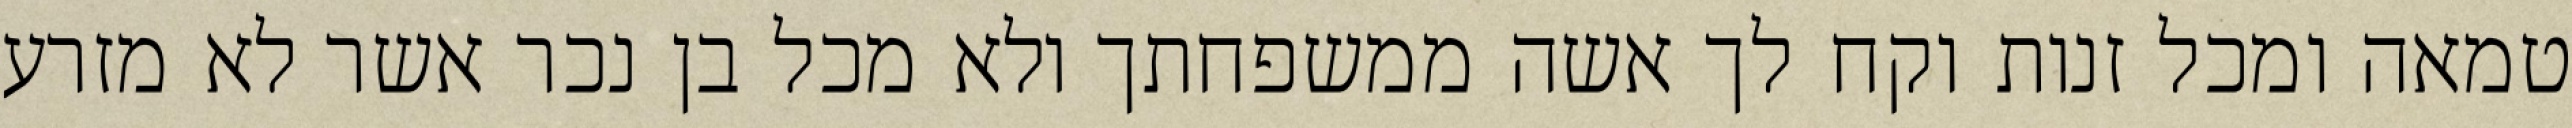
טמאה ומכל זנות וקח לך אשה ממשפחתך ולא מכל בן נכר אשר לא מזרע